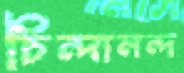
চিন্দানন্দ